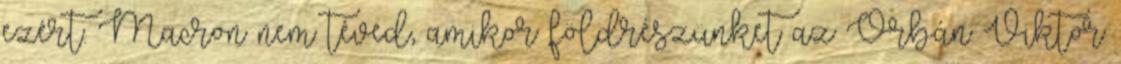
ezért. Macron nem téved, amikor földrészünket az Orbán Viktor